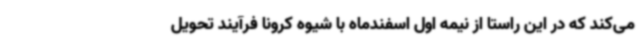
می‌کند که در این راستا از نیمه اول اسفندماه با شیوه کرونا فرآیند تحویل